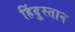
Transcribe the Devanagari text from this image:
हिंदु्स्तान